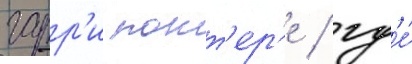
гарр'и потт'ер'е / гд'е́